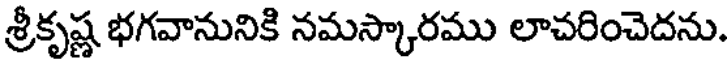
శ్రీకృష్ణ భగవానునికి నమస్కారము లాచరించెదను.